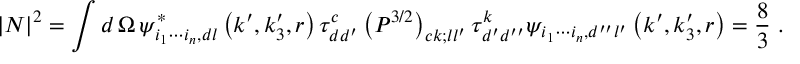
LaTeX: | N | ^ { 2 } = \int d \, \Omega \, \psi _ { i _ { 1 } \cdots i _ { n } , d l } ^ { \ast } \left( k ^ { \prime } , k _ { 3 } ^ { \prime } , r \right) \tau _ { d d ^ { \prime } } ^ { c } \left( P ^ { 3 / 2 } \right) _ { c k ; l l ^ { \prime } } \tau _ { d ^ { \prime } d ^ { \prime \prime } } ^ { k } \psi _ { i _ { 1 } \cdots i _ { n } , d ^ { \prime \prime } l ^ { \prime } } \left( k ^ { \prime } , k _ { 3 } ^ { \prime } , r \right) = \frac { 8 } { 3 } \ .